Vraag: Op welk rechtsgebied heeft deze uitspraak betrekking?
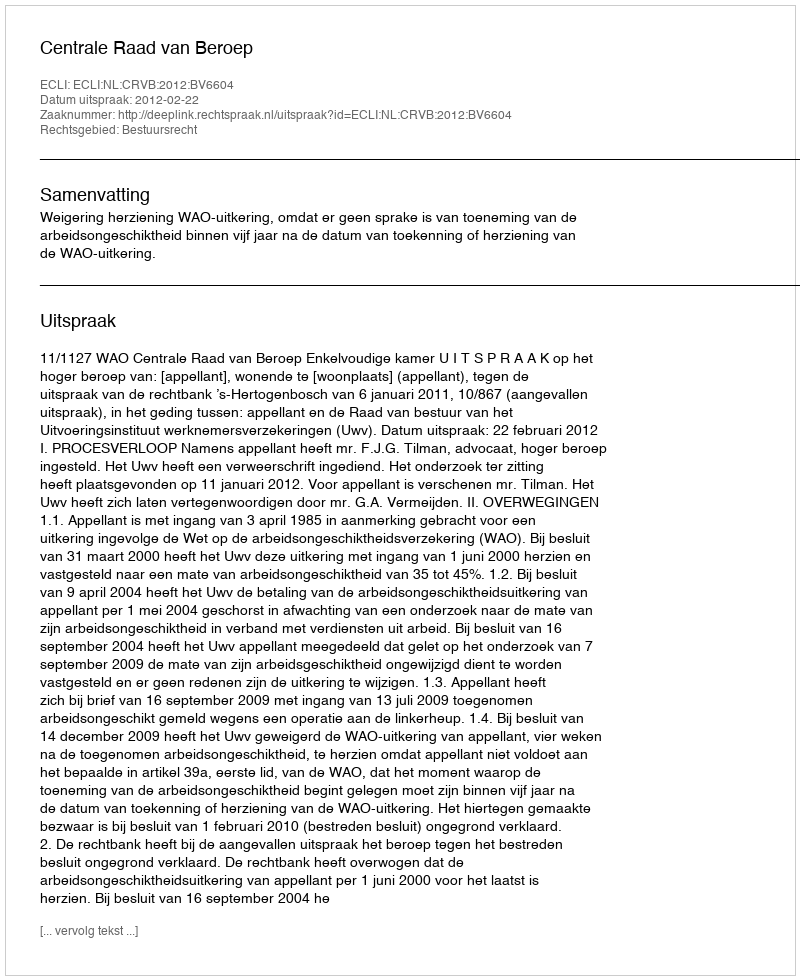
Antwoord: Bestuursrecht